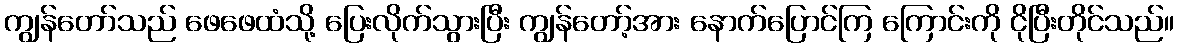
ကျွန်တော်သည် ဖေဖေထံသို့ ပြေးလိုက်သွားပြီး ကျွန်တော့်အား နောက်ပြောင်ကြ ကြောင်းကို ငိုပြီးတိုင်သည်။